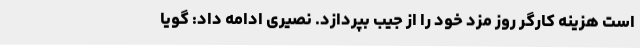
است هزینه کارگر روز مزد خود را از جیب بپردازد. نصیری ادامه داد: گویا